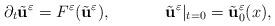
LaTeX: \begin{align*}\partial_{t}\tilde{\textbf{u}}^{\varepsilon} = F^{\varepsilon}(\tilde{\textbf{u}}^{\varepsilon}), ~~~~~~~~~~\tilde{\textbf{u}}^{\varepsilon}|_{t=0}=\tilde{\textbf{u}}^{\varepsilon}_{0}(x),\end{align*}